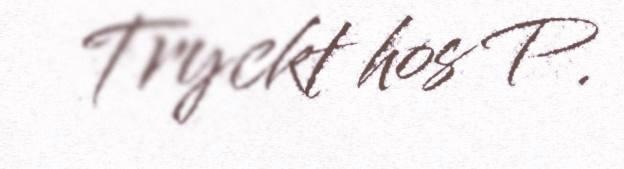
Tryckt hos P.